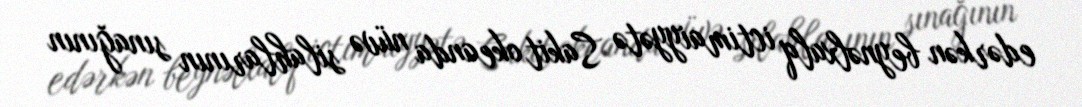
edərkən beynəlxalq ictimaiyyətə Sakit okeanda nüvə silahlarının sınağının